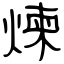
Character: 煉